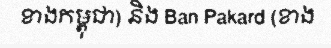
ខាងកម្ពុជា) និង Ban Pakard (ខាង